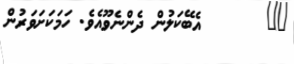
٣٢       އެބޭކަލުން ދެންނެވޫއެވެ. ހަމަކަށަވަރުން